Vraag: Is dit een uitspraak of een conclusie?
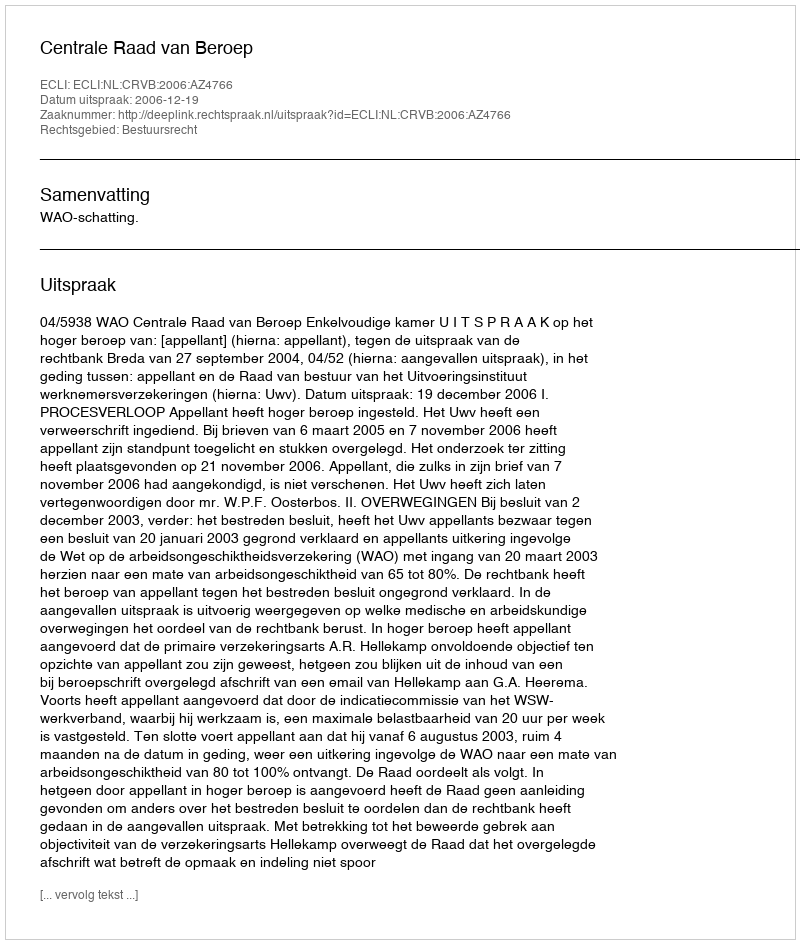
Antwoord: Uitspraak